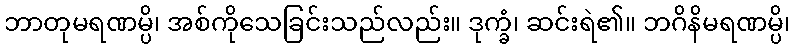
ဘာတုမရဏမ္ပိ၊ အစ်ကိုသေခြင်းသည်လည်း။ ဒုက္ခံ၊ ဆင်းရဲ၏။ ဘဂိနိမရဏမ္ပိ၊